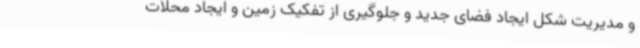
و مدیریت شکل ایجاد فضای جدید و جلوگیری از تفکیک زمین و ایجاد محلات